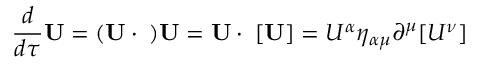
{ \frac { d } { d \tau } } \mathbf { U } = ( \mathbf { U } \cdot \mathbf { \partial } ) \mathbf { U } = \mathbf { U } \cdot \mathbf { \partial } [ \mathbf { U } ] = U ^ { \alpha } \eta _ { \alpha \mu } \partial ^ { \mu } [ U ^ { \nu } ]